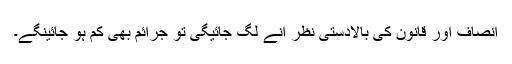
انصاف اور قانون کی بالادستی نظر آنے لگ جائیگی تو جرائم بھی کم ہو جائینگے۔